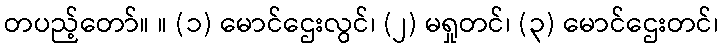
တပည့်တော်။ ။ (၁) မောင်ဌေးလွင်၊ (၂) မရှုတင်၊ (၃) မောင်ဌေးတင်၊